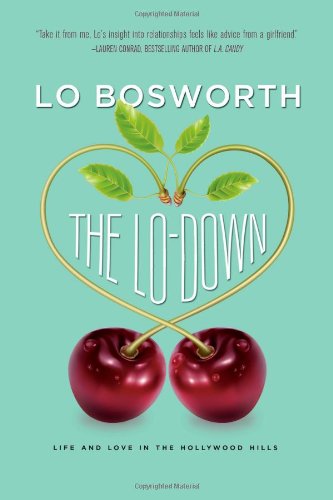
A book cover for The Lo-Down; Lo Bosworth; Teen & Young Adult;